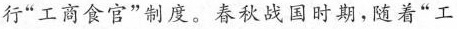
行“工商食官”制度。春秋战国时期，随着“工